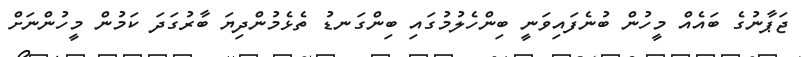
ޖަޕާނުގެ ބަައެއް މީހުން ބުނެފައިވަނީ ބިންހެލުމުގައި ބިންގަނޑު ތެޅެމުންދިޔަ ބާރުގަދަ ކަމުން މީހުންނަށް